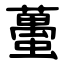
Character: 蠆